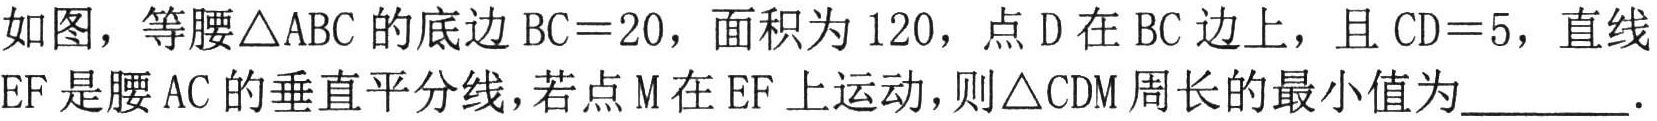
如图，等腰$\triangle ABC$的底边$BC = 20$，面积为$120$，点$D$在$BC$边上，且$CD = 5$，直线$EF$是腰$AC$的垂直平分线，若点$M$在$EF$上运动，则$\triangle CDM$周长的最小值为________．